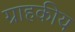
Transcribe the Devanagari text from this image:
ग्राहकीय